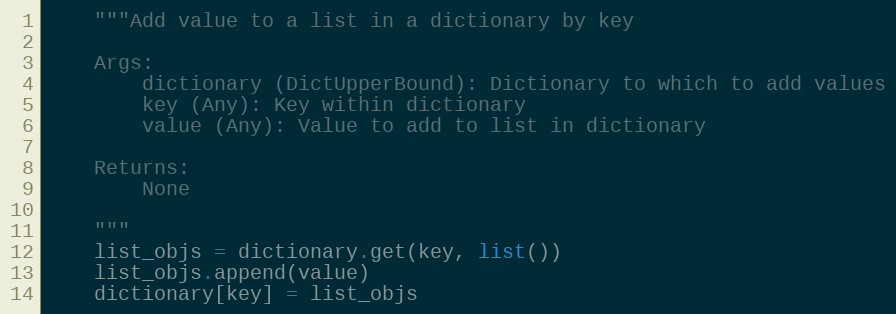
Language: Python
    """Add value to a list in a dictionary by key

    Args:
        dictionary (DictUpperBound): Dictionary to which to add values
        key (Any): Key within dictionary
        value (Any): Value to add to list in dictionary

    Returns:
        None

    """
    list_objs = dictionary.get(key, list())
    list_objs.append(value)
    dictionary[key] = list_objs